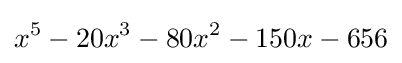
x^{5}-20x^{3}-80x^{2}-150x-656